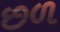
છળ